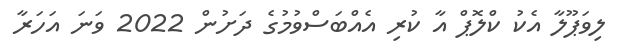
ލިވަޕޫލާ އެކު ކްލޮޕް އާ ކުރި އެއްބަސްވުމުގެ ދަށުން 2022 ވަނަ އަހަރާ